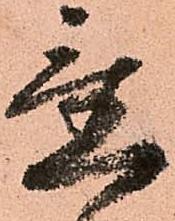
置